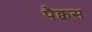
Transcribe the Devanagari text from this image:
पैक्वस